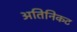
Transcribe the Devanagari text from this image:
अतिनिकट